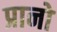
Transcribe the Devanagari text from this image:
प्रानो